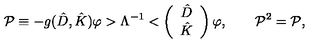
\mathcal { P } \equiv - g ( \hat { D } , \hat { K } ) \varphi > \Lambda ^ { - 1 } < \left( \begin{array} { c } { \hat { D } } \\ { \hat { K } } \\ \end{array} \right) \varphi , \qquad \mathcal { P } ^ { 2 } = \mathcal { P } ,